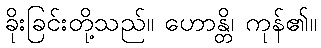
ခိုးခြင်းတို့သည်။ ဟောန္တိ၊ ကုန်၏။